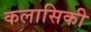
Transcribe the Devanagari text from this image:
कलासिकी